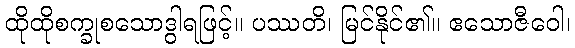
ထိုထိုစက္ခုစသောဒွါရဖြင့်။ ပဿတိ၊ မြင်နိုင်၏။ ဧသောဇီဝေါ၊